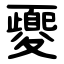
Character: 夒